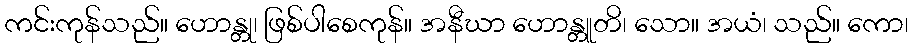
ကင်းကုန်သည်။ ဟောန္တု၊ ဖြစ်ပါစေကုန်။ အနီဃာ ဟောန္တူတိ၊ သော။ အယံ၊ သည်။ ကော၊